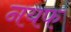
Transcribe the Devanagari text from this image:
नयफ